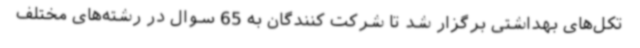
تکل‌های بهداشتی برگزار شد تا شرکت کنندگان به 65 سوال در رشته‌های مختلف